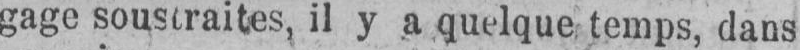
gage soustraites, il y a quelque temps, dans